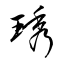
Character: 琇